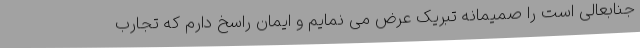
جنابعالی است را صمیمانه تبریک عرض می نمایم و ایمان راسخ دارم که تجارب